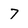
Character: 7